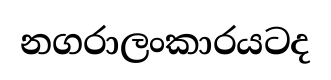
නගරාලංකාරයටද